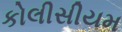
કોલીસીયમ